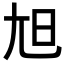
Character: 𡯙